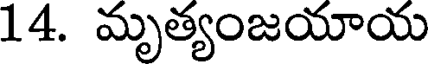
14. మృత్యంజయాయ